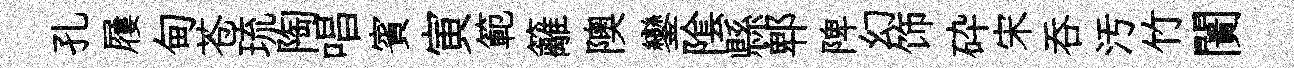
孔屨甸苍琉陶唱賓寅範籬隩鑾隂縣郫陴幻饰砕宋吞汚竹闠